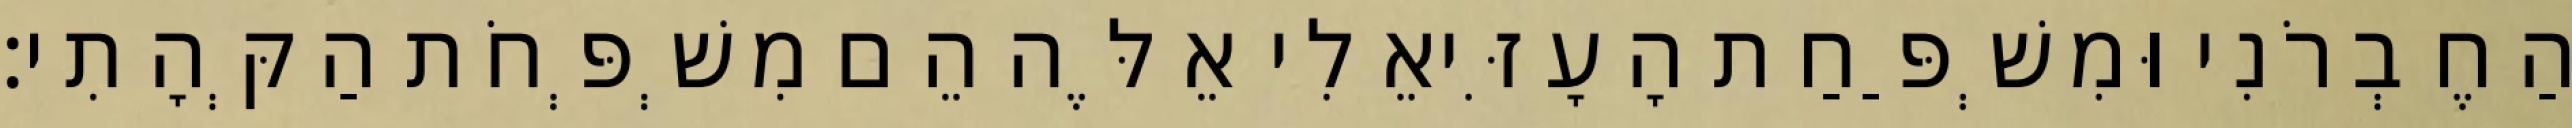
הַחֶבְרֹנִי וּמִשְׁפַּחַת הָעָזִּיאֵלִי אֵלֶּה הֵם מִשְׁפְּחֹת הַקְּהָתִי׃